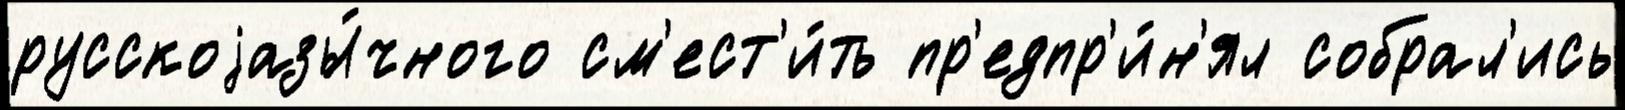
русскоjазы́чного см'ест'и́ть пр'едпр'и́н'ял собрал'ись